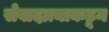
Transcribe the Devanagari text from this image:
सेवादात्याकडून